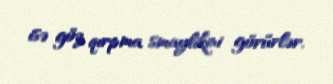
isə göz qırpma smaylikini görürlər.